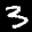
Label: 3